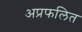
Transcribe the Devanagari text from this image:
अप्रफलित